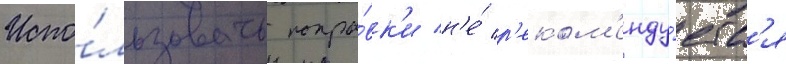
Испо́льзовать попра́вк'и н'е́ р'еком'енду́етс'я